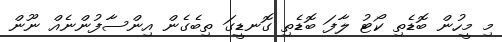
މި މީހުން ބޮޑެތި ކޯޓު ލާފަ ބޮޑެތި ގޮނޑީގަ ތިބެގެން އިންސާފުންނެއް ނޫން